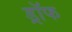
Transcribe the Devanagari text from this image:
ड्रॉफ